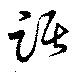
踞